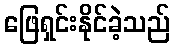
ဖြေရှင်းနိုင်ခဲ့သည်